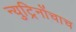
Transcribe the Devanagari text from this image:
न्युट्रिनोंचाच